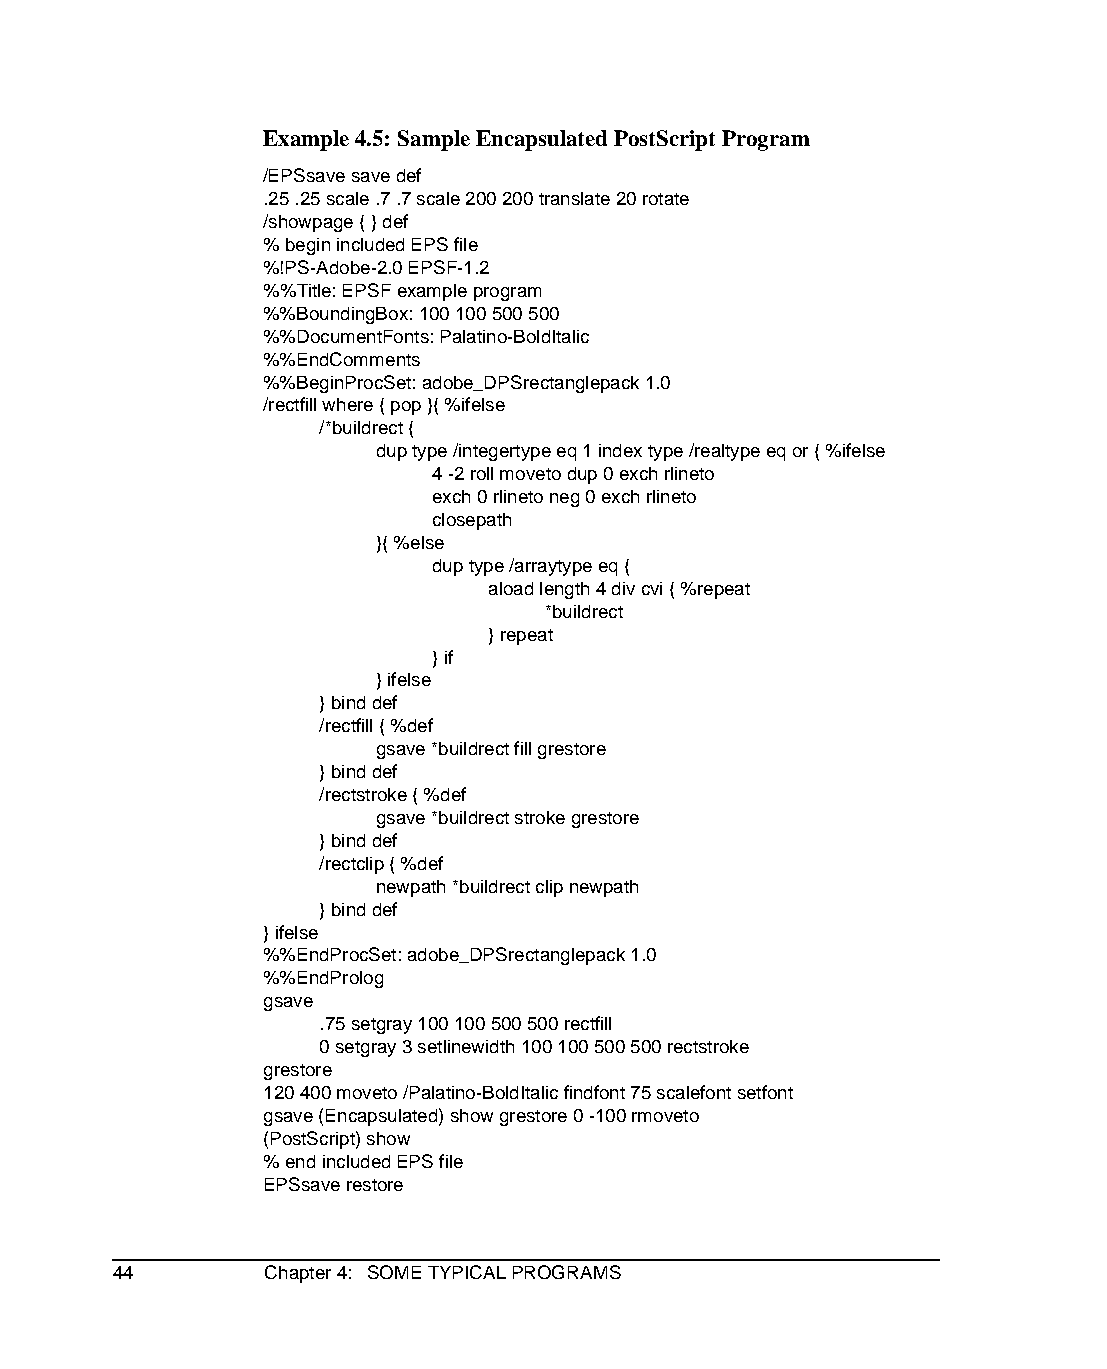
Example 4.5: Sample Encapsulated PostScript Program
 /EPSsave save def
 .25 .25 scale .7 .7 scale 200 200 translate 20 rotate
 /showpage { } def
 % begin included EPS file
 %!PS-Adobe-2.0 EPSF-1.2
 %%Title: EPSF example program
 %%BoundingBox: 100 100 500 500
 %%DocumentFonts: Palatino-BoldItalic
 %%EndComments
 %%BeginProcSet: adobe_DPSrectanglepack 1.0
 /rectfill where { pop }{ %ifelse
 /*buildrect {
 dup type /integertype eq 1 index type /realtype eq or { %ifelse
 4 -2 roll moveto dup 0 exch rlineto
 exch 0 rlineto neg 0 exch rlineto
 closepath
 }{ %else
 dup type /arraytype eq {
 aload length 4 div cvi { %repeat
 *buildrect
 } repeat
 } if
 } ifelse
 } bind def
 /rectfill { %def
 gsave *buildrect fill grestore
 } bind def
 /rectstroke { %def
 gsave *buildrect stroke grestore
 } bind def
 /rectclip { %def
 newpath *buildrect clip newpath
 } bind def
 } ifelse
 %%EndProcSet: adobe_DPSrectanglepack 1.0
 %%EndProlog
 gsave
 .75 setgray 100 100 500 500 rectfill
 0 setgray 3 setlinewidth 100 100 500 500 rectstroke
 grestore
 120 400 moveto /Palatino-BoldItalic findfont 75 scalefont setfont
 gsave (Encapsulated) show grestore 0 -100 rmoveto
 (PostScript) show
 % end included EPS file
 EPSsave restore
 44        Chapter 4: SOME TYPICAL PROGRAMS